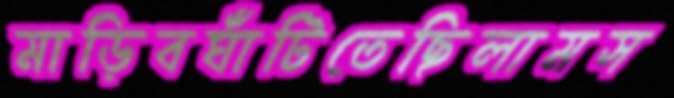
মাড়িবঘাঁটিতেছিলামস